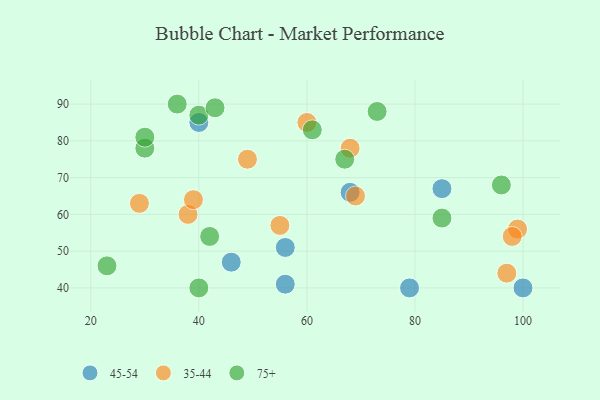
{"axis": {"x": "GDP", "y": "Life Expectancy"}, "legend": ["35-44", "45-54", "75+"], "data": [{"x": "46", "y": 47, "type": "45-54"}, {"x": "56", "y": 41, "type": "45-54"}, {"x": "56", "y": 51, "type": "45-54"}, {"x": "68", "y": 66, "type": "45-54"}, {"x": "85", "y": 67, "type": "45-54"}, {"x": "79", "y": 40, "type": "45-54"}, {"x": "40", "y": 85, "type": "45-54"}, {"x": "100", "y": 40, "type": "45-54"}, {"x": "29", "y": 63, "type": "35-44"}, {"x": "97", "y": 44, "type": "35-44"}, {"x": "99", "y": 56, "type": "35-44"}, {"x": "68", "y": 78, "type": "35-44"}, {"x": "38", "y": 60, "type": "35-44"}, {"x": "98", "y": 54, "type": "35-44"}, {"x": "55", "y": 57, "type": "35-44"}, {"x": "39", "y": 64, "type": "35-44"}, {"x": "69", "y": 65, "type": "35-44"}, {"x": "60", "y": 85, "type": "35-44"}, {"x": "49", "y": 75, "type": "35-44"}, {"x": "40", "y": 40, "type": "75+"}, {"x": "96", "y": 68, "type": "75+"}, {"x": "30", "y": 78, "type": "75+"}, {"x": "61", "y": 83, "type": "75+"}, {"x": "40", "y": 87, "type": "75+"}, {"x": "36", "y": 90, "type": "75+"}, {"x": "23", "y": 46, "type": "75+"}, {"x": "43", "y": 89, "type": "75+"}, {"x": "67", "y": 75, "type": "75+"}, {"x": "85", "y": 59, "type": "75+"}, {"x": "42", "y": 54, "type": "75+"}, {"x": "73", "y": 88, "type": "75+"}, {"x": "30", "y": 81, "type": "75+"}]}